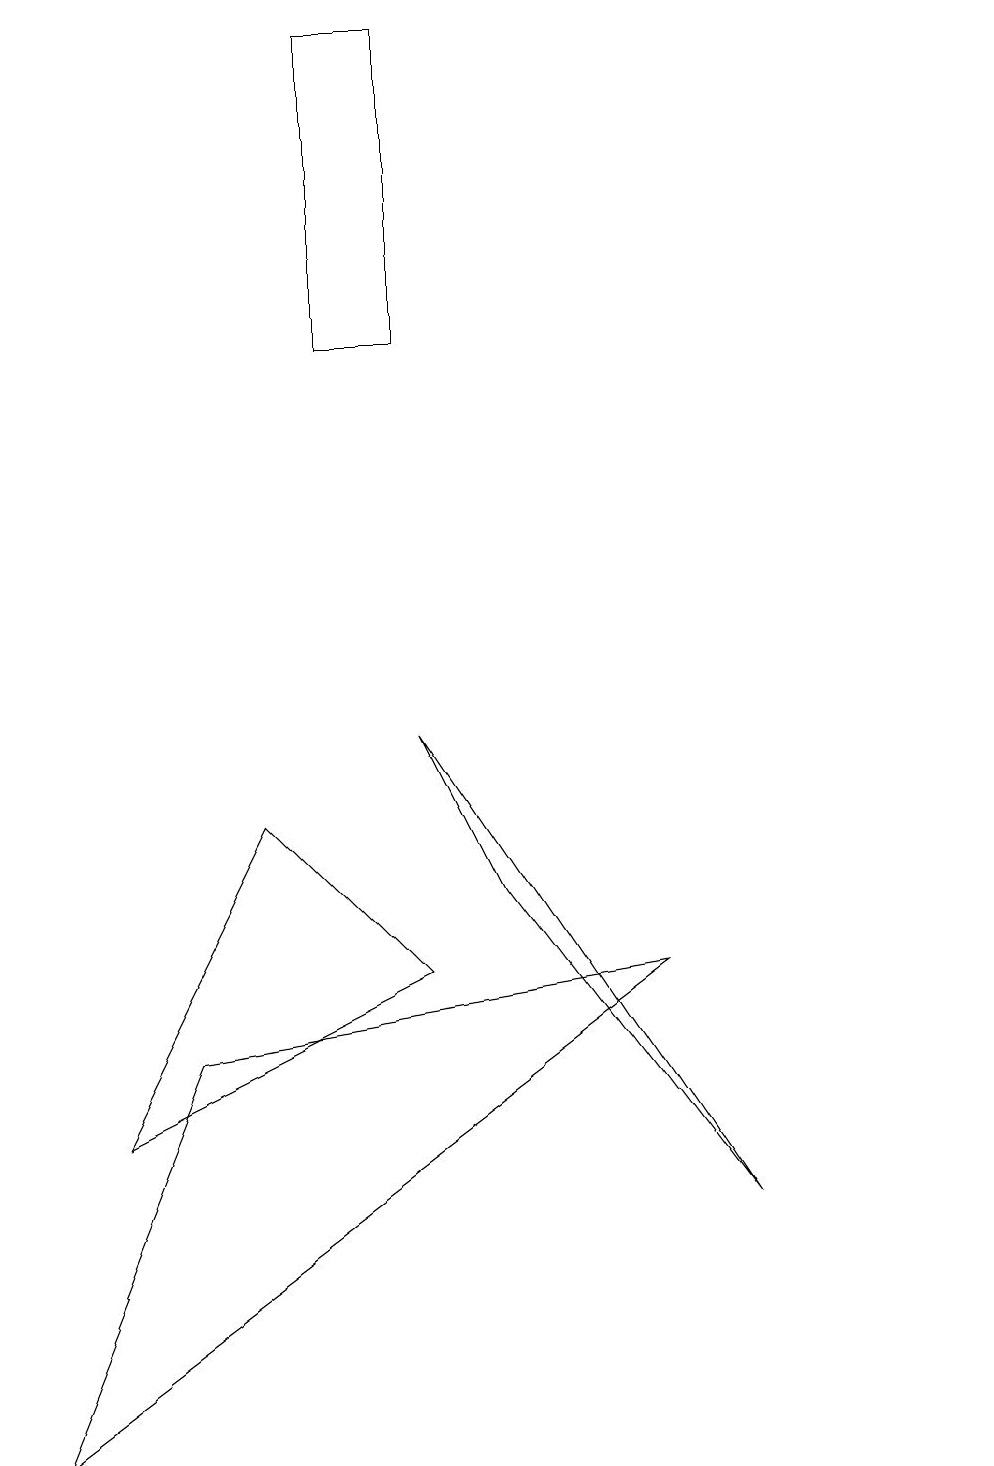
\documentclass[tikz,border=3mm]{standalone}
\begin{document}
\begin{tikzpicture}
\draw (1,4) -- (5,6) -- (3,8) -- cycle;
\draw (12,11) circle (0);
\draw (5,9) -- (9,3) -- (6,7) -- cycle;
\draw (5,18) rectangle (4,14);
\draw (8,6) -- (0,0) -- (2,5) -- cycle;
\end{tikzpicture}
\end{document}